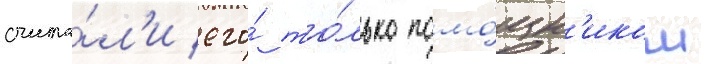
счита́л'и его́ то́лько помо́щн'иком